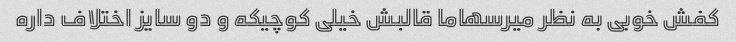
کفش خوبی به نظر میرسهاما قالبش خیلی کوچیکه و دو سایز اختلاف داره